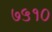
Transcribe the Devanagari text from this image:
७५१०